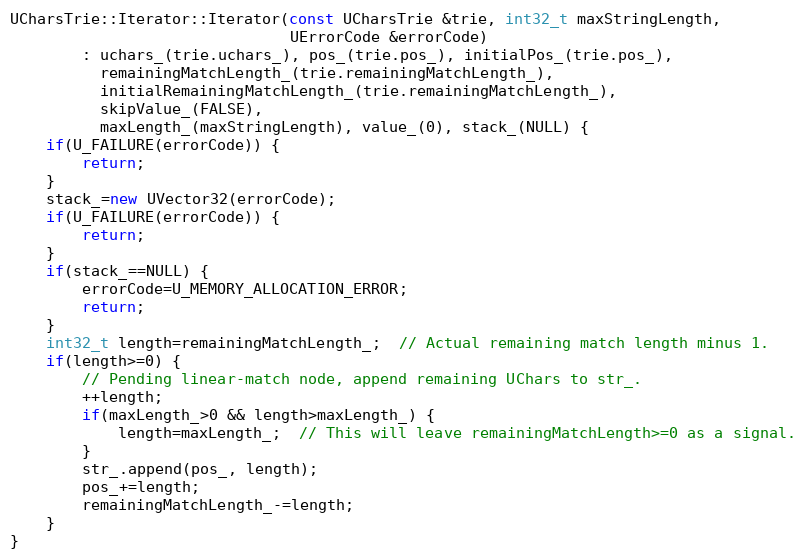
Language: C++
UCharsTrie::Iterator::Iterator(const UCharsTrie &trie, int32_t maxStringLength,
                               UErrorCode &errorCode)
        : uchars_(trie.uchars_), pos_(trie.pos_), initialPos_(trie.pos_),
          remainingMatchLength_(trie.remainingMatchLength_),
          initialRemainingMatchLength_(trie.remainingMatchLength_),
          skipValue_(FALSE),
          maxLength_(maxStringLength), value_(0), stack_(NULL) {
    if(U_FAILURE(errorCode)) {
        return;
    }
    stack_=new UVector32(errorCode);
    if(U_FAILURE(errorCode)) {
        return;
    }
    if(stack_==NULL) {
        errorCode=U_MEMORY_ALLOCATION_ERROR;
        return;
    }
    int32_t length=remainingMatchLength_;  // Actual remaining match length minus 1.
    if(length>=0) {
        // Pending linear-match node, append remaining UChars to str_.
        ++length;
        if(maxLength_>0 && length>maxLength_) {
            length=maxLength_;  // This will leave remainingMatchLength>=0 as a signal.
        }
        str_.append(pos_, length);
        pos_+=length;
        remainingMatchLength_-=length;
    }
}